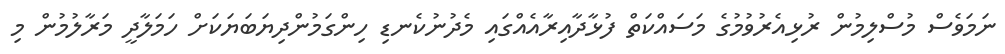
ނަމަވެސް މުސްލިމުން ރުޅިއެރުވުމުގެ މަސައްކަތް ފުޅާދާއިރާއެއްގައި މެދުނުކެނޑި ހިންގަމުންދިޔަބަޔަކަށް ހަމަލާދީ މަރާލުމުން މި